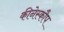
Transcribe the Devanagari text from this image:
कीनेस्कौप